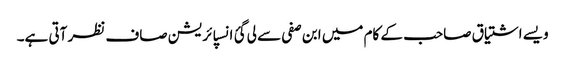
ویسے اشتیاق صاحب کے کام میں ابن صفی سے لی گئ انسپائریشن صاف نظر آتی ہے۔